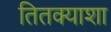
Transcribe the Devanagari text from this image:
तितक्याशा